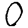
Digit: 0